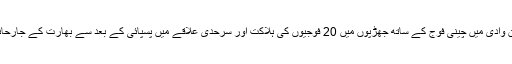
واضح رہے کہ لداخ کی گیلوان وادی میں چینی فوج کے ساتھ جھڑپوں میں 20 فوجیوں کی ہلاکت اور سرحدی علاقے میں پسپائی کے بعد سے بھارت کے جارحانہ عزائم میں اضافہ ہوگیا ہے۔